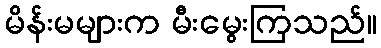
မိန်းမများက မီးမွေးကြသည်။